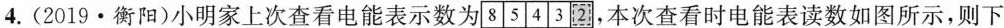
4.(2019·衡阳)小明家上次查看电能表示数为[8|5|4|3|2]，本次查看时电能表读数如图所示，则下